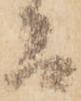
間